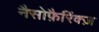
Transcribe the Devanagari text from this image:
नैसोफ़ैरिंक्ज़